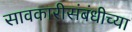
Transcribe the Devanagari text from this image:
सावकारीसंबंधीच्या